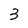
Character: 3